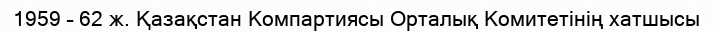
1959 – 62 ж. Қазақстан Компартиясы Орталық Комитетінің хатшысы